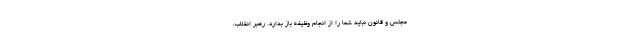
مجلس و قانون نباید شما را از انجام وظیفه باز بدارد. رهبر انقلاب،